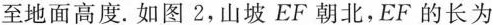
至地面高度。如图2，山坡EF朝北，EF的长为